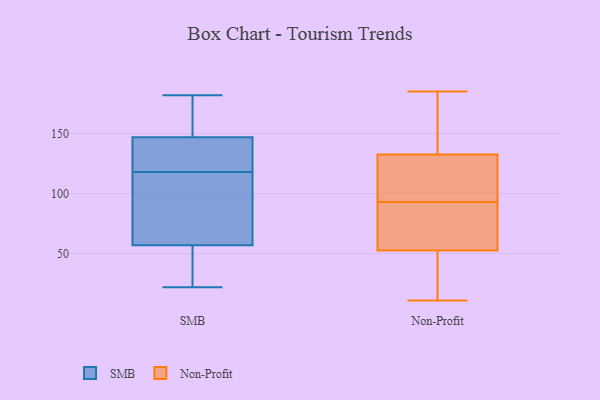
{"axis": {"x": "Humidity (%)", "y": "Value"}, "legend": ["Non-Profit", "SMB"], "data": [{"x": "", "y": 147, "type": "SMB"}, {"x": "", "y": 145, "type": "SMB"}, {"x": "", "y": 57, "type": "SMB"}, {"x": "", "y": 60, "type": "SMB"}, {"x": "", "y": 182, "type": "SMB"}, {"x": "", "y": 120, "type": "SMB"}, {"x": "", "y": 182, "type": "SMB"}, {"x": "", "y": 116, "type": "SMB"}, {"x": "", "y": 22, "type": "SMB"}, {"x": "", "y": 131, "type": "SMB"}, {"x": "", "y": 38, "type": "SMB"}, {"x": "", "y": 179, "type": "SMB"}, {"x": "", "y": 51, "type": "SMB"}, {"x": "", "y": 58, "type": "SMB"}, {"x": "", "y": 28, "type": "Non-Profit"}, {"x": "", "y": 69, "type": "Non-Profit"}, {"x": "", "y": 74, "type": "Non-Profit"}, {"x": "", "y": 128, "type": "Non-Profit"}, {"x": "", "y": 133, "type": "Non-Profit"}, {"x": "", "y": 177, "type": "Non-Profit"}, {"x": "", "y": 47, "type": "Non-Profit"}, {"x": "", "y": 131, "type": "Non-Profit"}, {"x": "", "y": 58, "type": "Non-Profit"}, {"x": "", "y": 143, "type": "Non-Profit"}, {"x": "", "y": 132, "type": "Non-Profit"}, {"x": "", "y": 185, "type": "Non-Profit"}, {"x": "", "y": 94, "type": "Non-Profit"}, {"x": "", "y": 11, "type": "Non-Profit"}, {"x": "", "y": 47, "type": "Non-Profit"}, {"x": "", "y": 92, "type": "Non-Profit"}]}